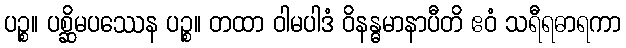
ပဉ္စ။ ပစ္ဆိမပဿေန ပဉ္စ။ တထာ ဝါမပါဒံ ဝိနန္ဓမာနာပီတိ ဧဝံ သရီရဓာရကာ